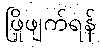
ဖြိုဖျက်ရန်